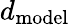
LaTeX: d_{\mathrm{model}}